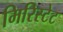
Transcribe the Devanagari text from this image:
मिरिस्टेट